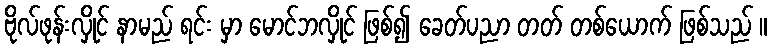
ဗိုလ်ဖုန်းလှိုင် နာမည် ရင်း မှာ မောင်ဘလှိုင် ဖြစ်၍ ခေတ်ပညာ တတ် တစ်ယောက် ဖြစ်သည် ။